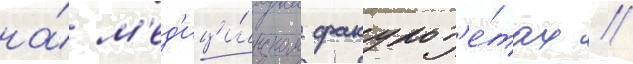
на́ м'ед'ици́нском факульт'е́тах //